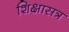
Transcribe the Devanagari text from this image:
शिक्षासत्र